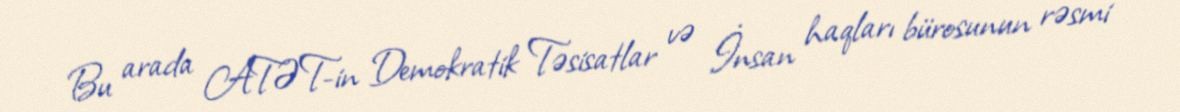
Bu arada ATƏT-in Demokratik Təsisatlar və İnsan haqları bürosunun rəsmi